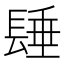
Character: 𨲉